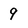
Character: 9